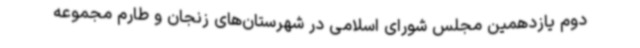
دوم یازدهمین مجلس شورای اسلامی در شهرستان‌های زنجان و طارم مجموعه